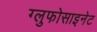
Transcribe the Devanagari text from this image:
ग्लुफोसाइनेट